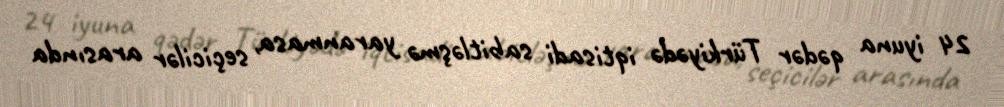
24 iyuna qədər Türkiyədə iqtisadi sabitləşmə yaranmasa, seçicilər arasında